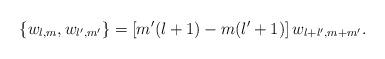
LaTeX: \begin{align*}\{w_{l,m},w_{l',m'}\} = [m'(l+1)-m(l'+1)]\,w_{l+l',m+m'}.\end{align*}